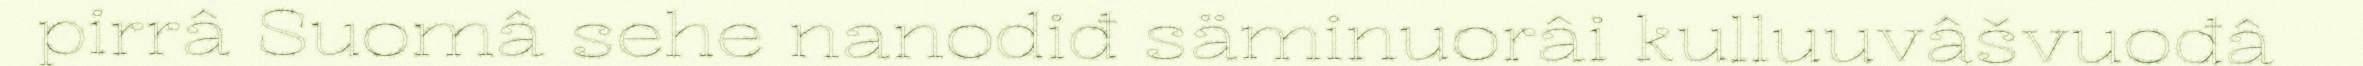
pirrâ Suomâ sehe nanodiđ säminuorâi kulluuvâšvuođâ